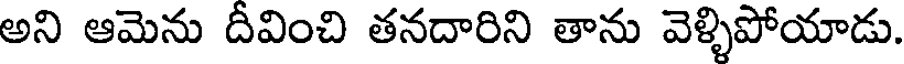
అని ఆమెను దీవించి తనదారిని తాను వెళ్ళిపోయాడు.